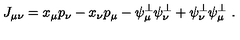
J _ { \mu \nu } = x _ { \mu } p _ { \nu } - x _ { \nu } p _ { \mu } - \psi _ { \mu } ^ { \perp } \psi _ { \nu } ^ { \perp } + \psi _ { \nu } ^ { \perp } \psi _ { \mu } ^ { \perp } \ .